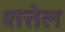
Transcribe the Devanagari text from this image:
शत्तेल